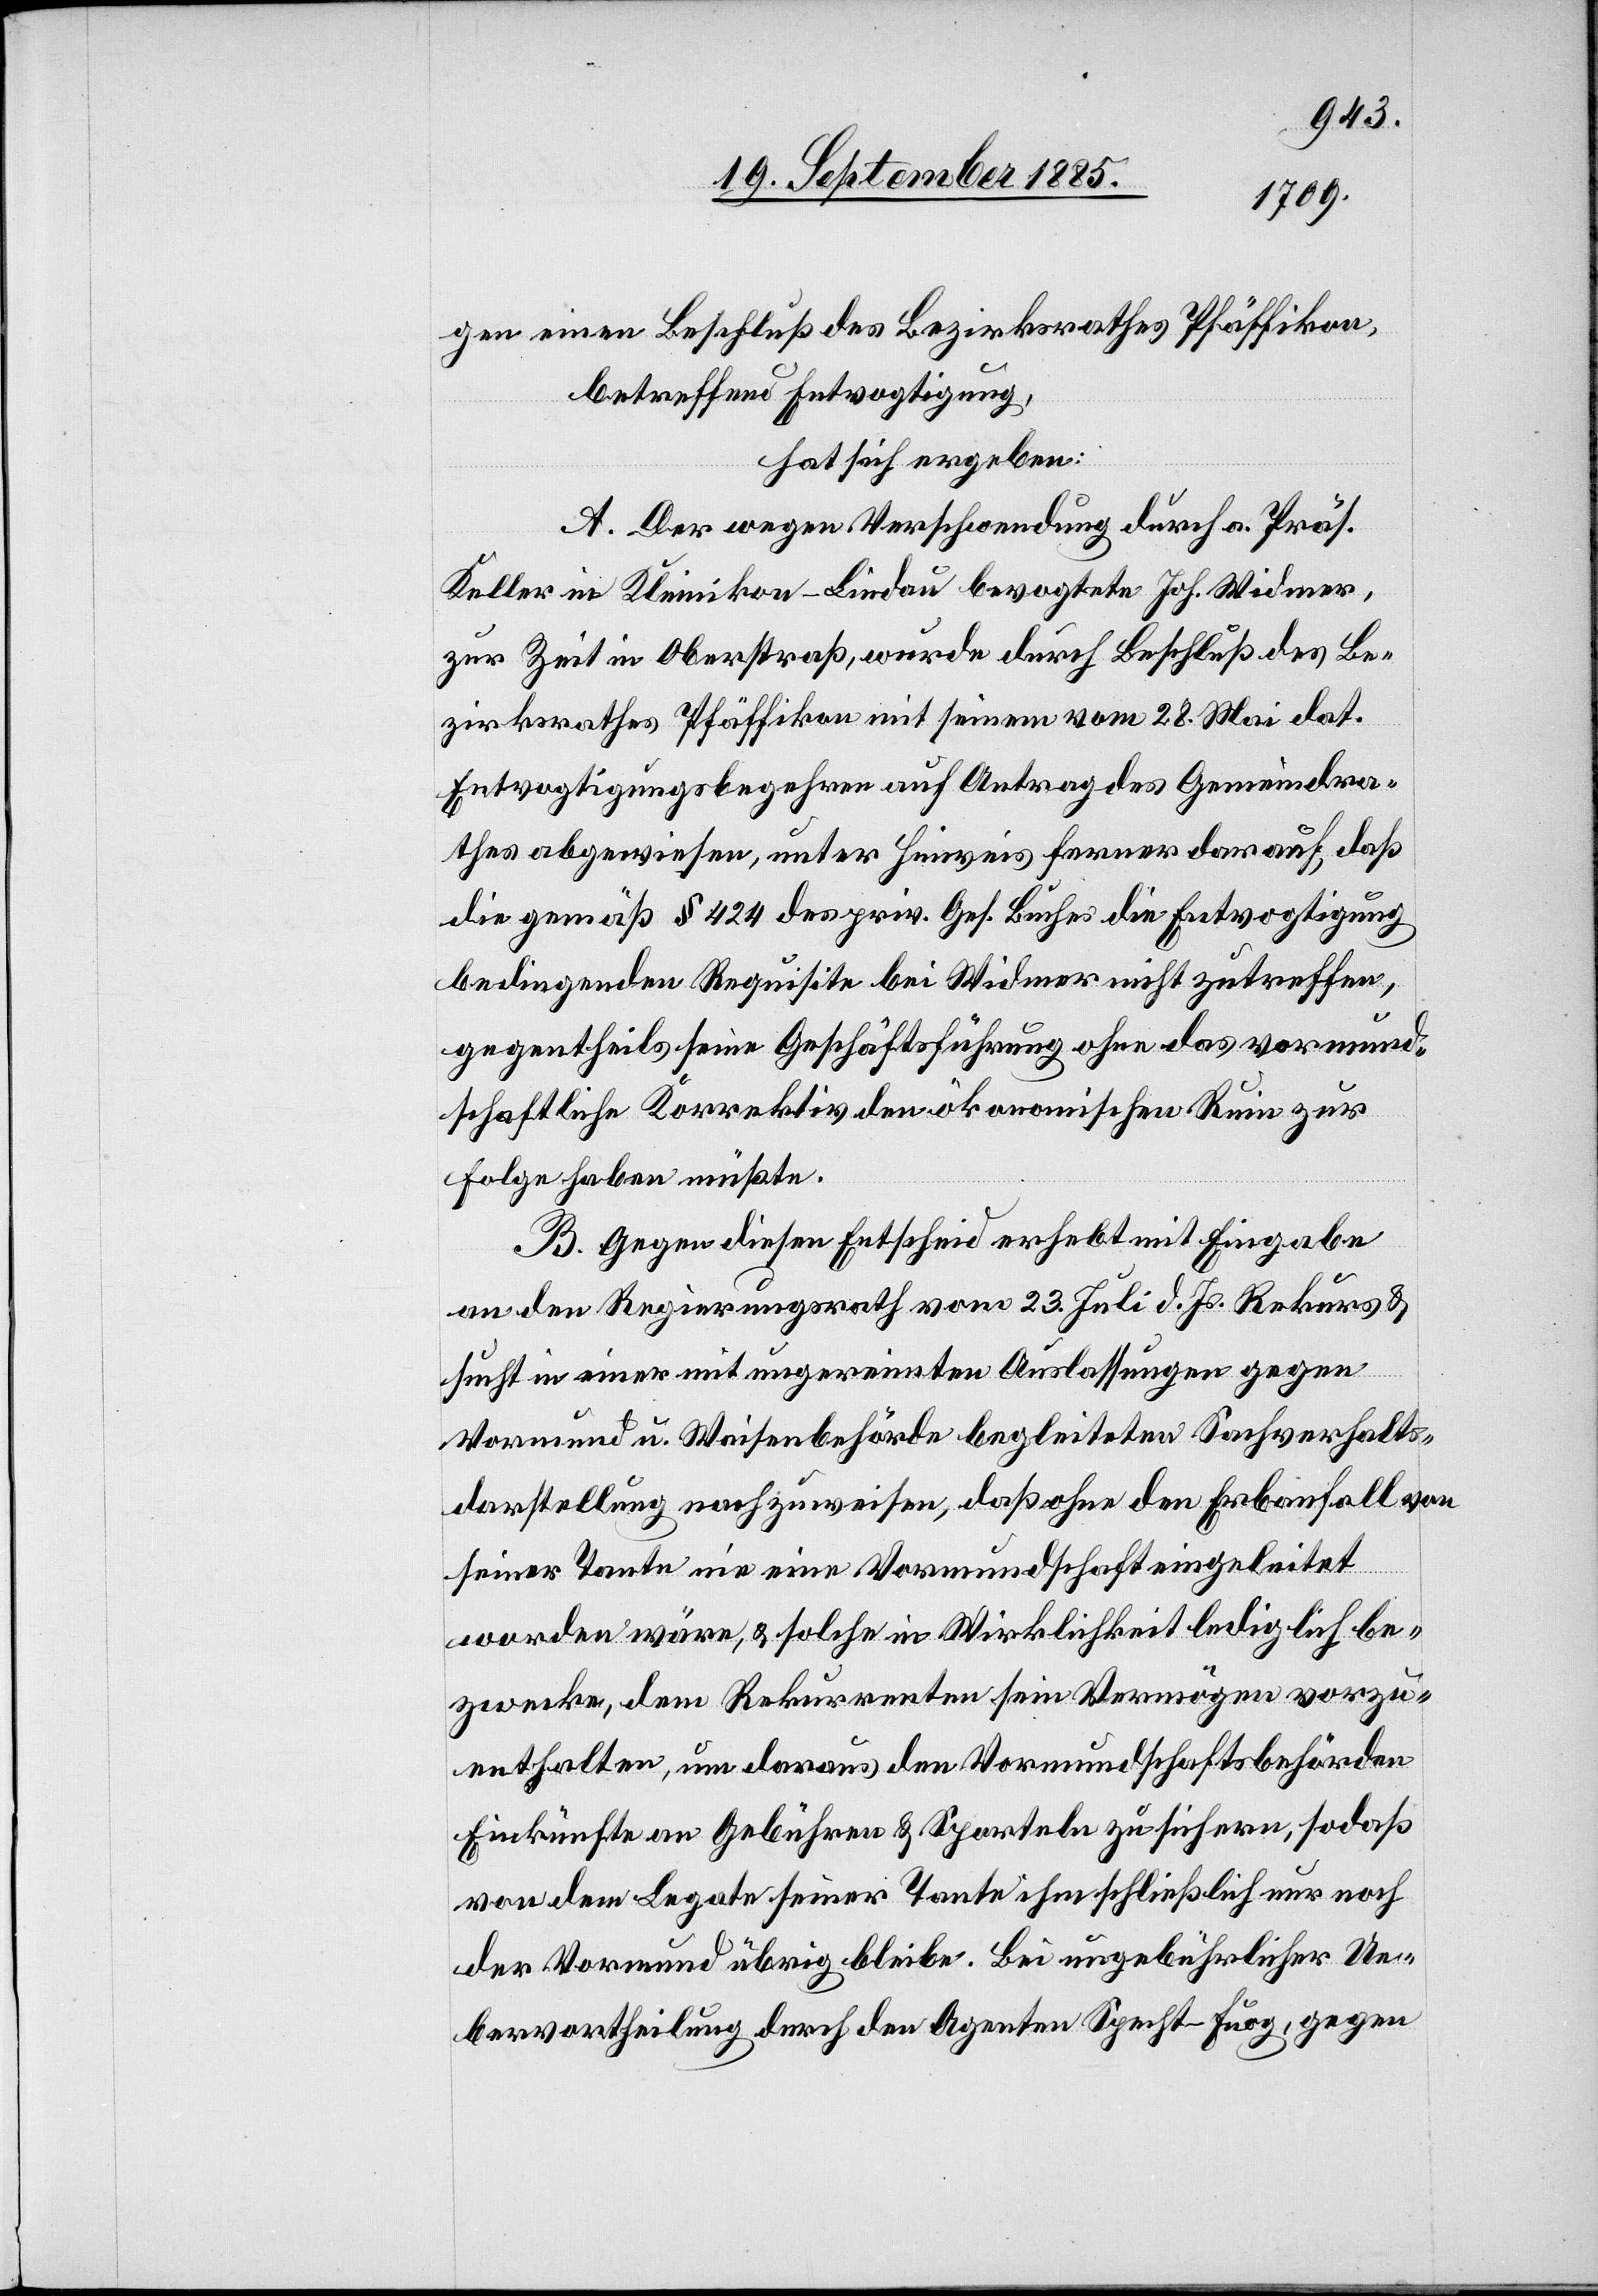
gen einen Beschluß des Bezirksrathes Pfäffikon,
betreffend Entvogtigung,
hat sich ergeben:
A. Der wegen Verschwendung durch a. Präs.
Keller in Kleinikon - Lindau bevogtete Joh. Widmer,
zur Zeit in Oberstraß, wurde durch Beschluß des Be¬
zirksrathes Pfäffikon mit seinem vom 28. Mai dat.
Entvogtigungsbegehren auf Antrag des Gemeindra¬
thes abgewiesen, unter Hinweis ferner darauf, daß
die gemäß § 424 des priv. Ges. Buches die Entvogtigung
bedingenden Requisite bei Widmer nicht zutreffen,
gegentheils seine Geschäftsführung ohne das vormund¬
schaftliche Korrektiv den ökonomischen Ruin zur
Folge haben müßte.
B. Gegen diesen Entscheid erhebt mit Eingabe
an den Regierungsrath vom 23. Juli d. Js. Rekurs
sucht in einer mit ungereimten Auslassungen gegen
Vormund u. Waisenbehörde begleiteten Sachverhalts¬
darstellung nachzuweisen, daß ohne den Erbanfall von
seiner Tante nie eine Vormundschaft eingeleitet
worden wäre, & solche in Wirklichkeit lediglich be¬
zwecke, dem Rekurrenten sein Vermögen vorzu¬
enthalten, um daraus den Vormundschaftsbehörden
Einkünfte an Gebühren & Sporteln zu sichern, sodaß
von dem Legate seiner Tante ihm schließlich nur noch
der Vormund übrig bleibe. Bei ungebührlicher Ue¬
bervortheilung durch den Agenten Specht-Fuog, gegen